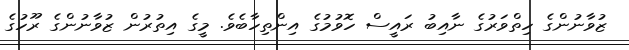
ޒުވާނުންގެ ހިތްވަރުގެ ނާއިބު ރައީސް ހޮވުމުގެ އިންތިހާބެވެ. މީގެ އިތުރުން ޒުވާނުންގެ ރޫހުގެ